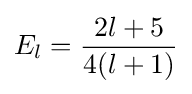
E_{l}={\frac {2l+5}{4(l+1)}}